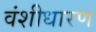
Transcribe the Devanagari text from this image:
वंशीधारण